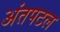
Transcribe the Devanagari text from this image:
अंतपटल